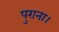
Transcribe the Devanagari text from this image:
पुराना।